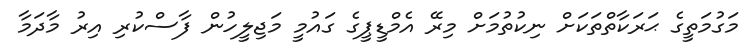
މަގުމަތީގެ ޙަރަކާތްތަކަށް ނިކުތުމަށް މިރޭ އެމްޑީޕީގެ ގައުމީ މަޖިލީހުން ފާސްކުރި އިރު މާދަމާ